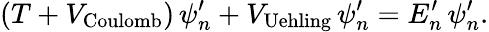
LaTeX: (T+V_{\textrm{Coulomb}})\, \psi_{n}^{\prime}+V_{\textrm{Uehling}}\, \psi_{n}^{\prime}=E_{n}^{\prime}\, \psi_{n}^{\prime}.